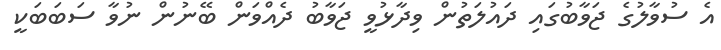
އެ ސުވާލުގެ ޖަވާބުގައި ދައުލަތުން ވިދާޅުވީ ޖަވާބު ދެއްވަން ބޭނުން ނުވާ ސަބަބަކީ